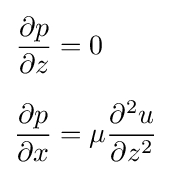
{\begin{aligned}{\frac {\partial p}{\partial z}}&=0\\[6pt]{\frac {\partial p}{\partial x}}&=\mu {\frac {\partial ^{2}u}{\partial z^{2}}}\end{aligned}}